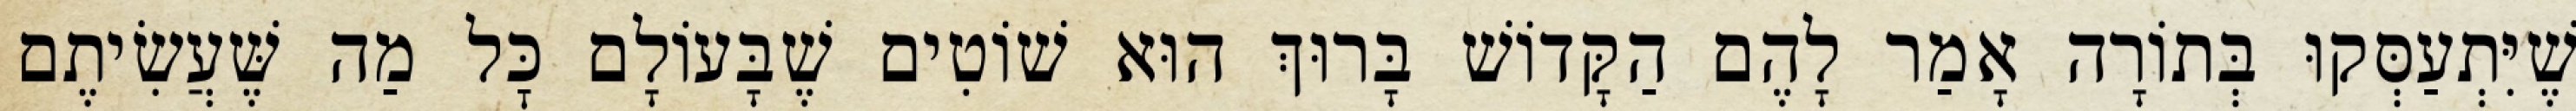
שֶׁיִּתְעַסְּקוּ בְּתוֹרָה אָמַר לָהֶם הַקָּדוֹשׁ בָּרוּךְ הוּא שׁוֹטִים שֶׁבָּעוֹלָם כׇּל מַה שֶּׁעֲשִׂיתֶם